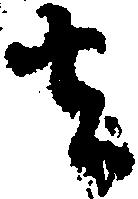
者